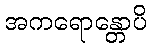
အကရောန္တောပိ